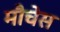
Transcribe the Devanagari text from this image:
मौचेस